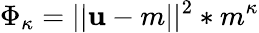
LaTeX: \Phi_{\kappa}=||\mathbf{u}-m||^{2}*m^{\kappa}